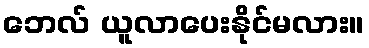
ဘေလ် ယူလာပေးနိုင်မလား။